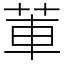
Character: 莗